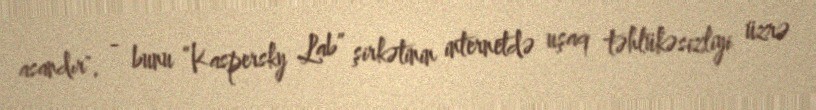
asandır", - bunu “Kaspersky Lab” şirkətinin internetdə uşaq təhlükəsizliyi üzrə